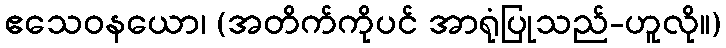
ဧသေဝနယော၊ (အတိက်ကိုပင် အာရုံပြုသည်-ဟူလို။)